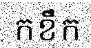
កខឹក